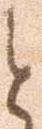
と